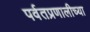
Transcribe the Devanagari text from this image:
पर्वतप्रणालीच्या